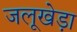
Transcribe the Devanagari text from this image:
जलूखेड़ा